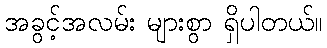
အခွင့်အလမ်း များစွာ ရှိပါတယ်။